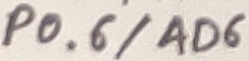
Text: P0.6/AD6